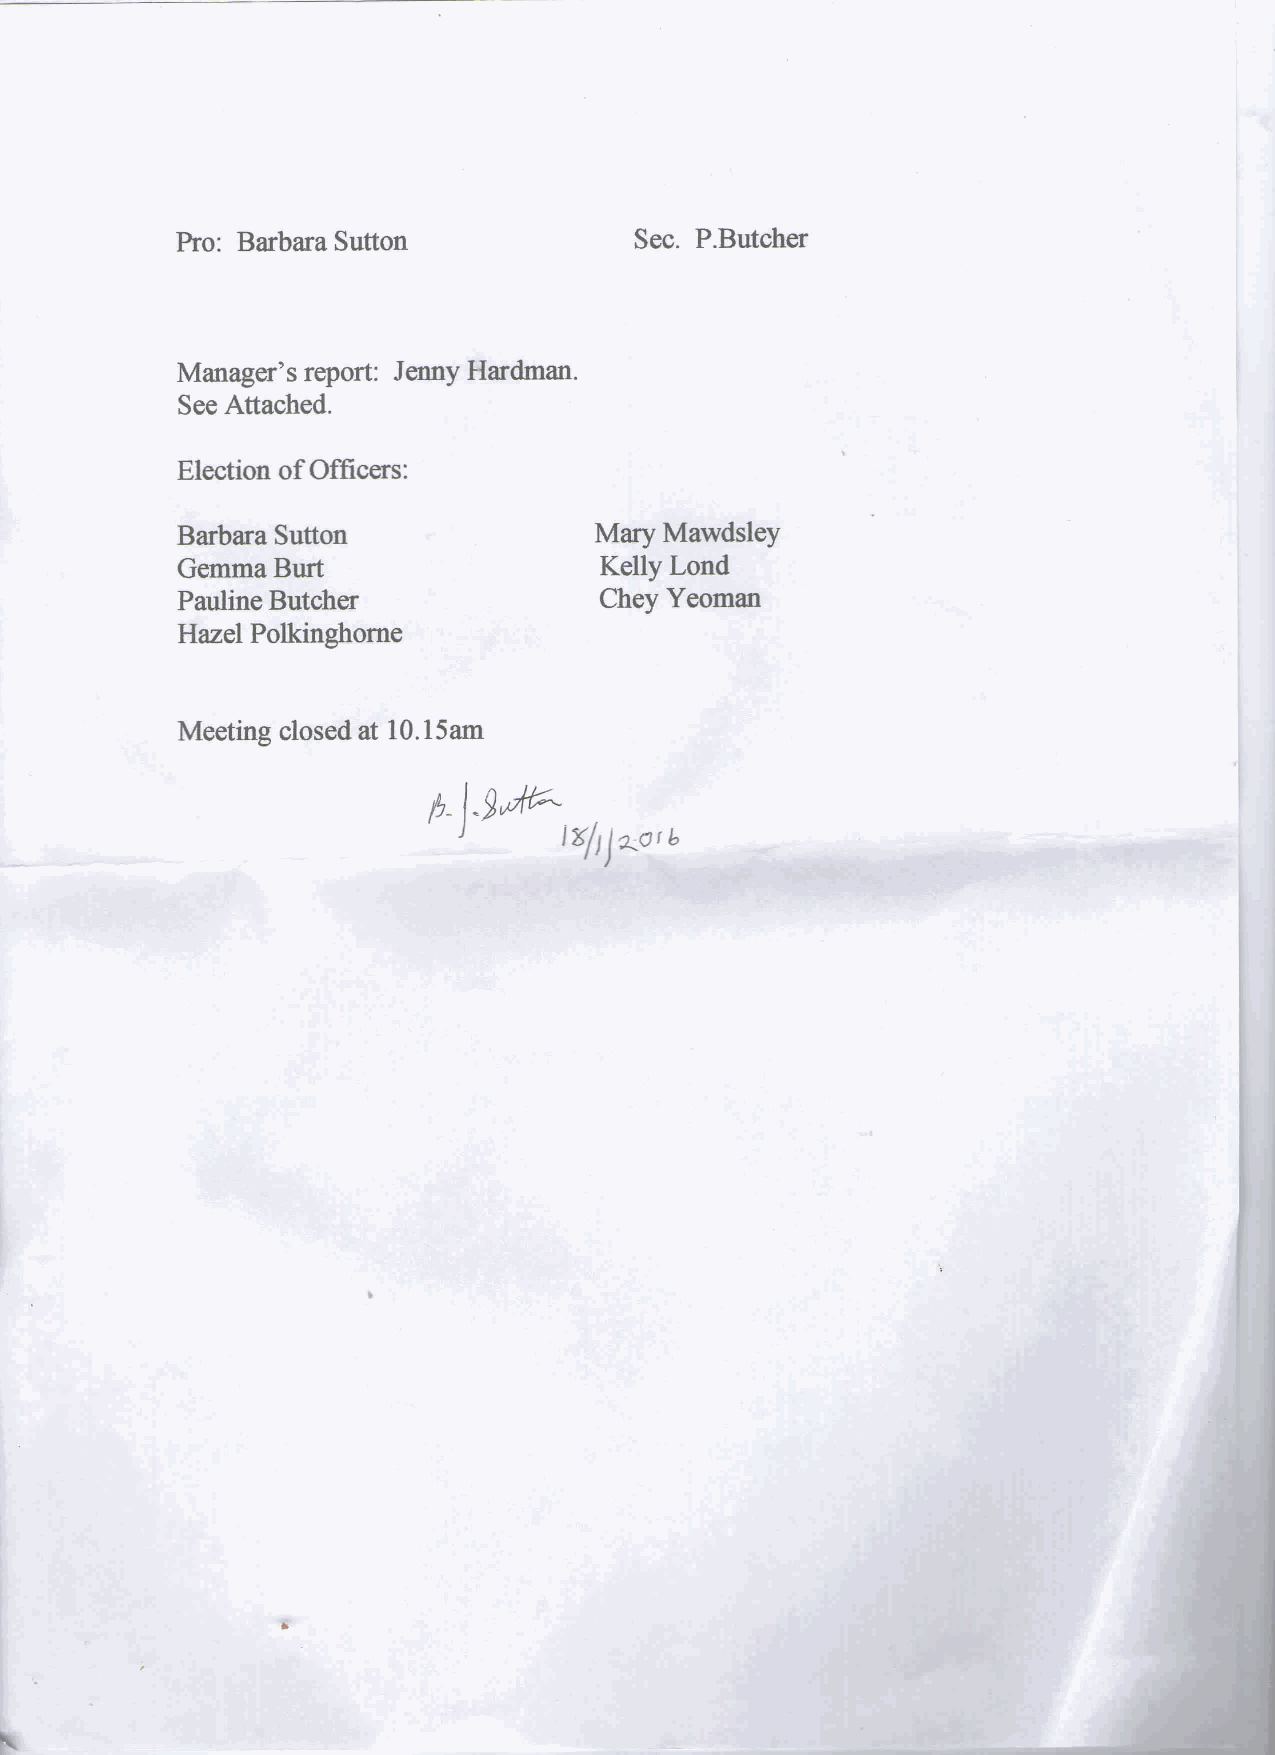
Pro: Barbara Sutton           Sec. P.Butcher
 Manager's report: Jenny Hardman.
 See Attached.
 Election of Officers:
 Barbara Sutton              Mary Mawdsley
 Gemma  Burt                 Kelly Lond
 Pauline Butcher             Chey Yeoman
 Hazel Polkinghorne
 Meeting closed at 10.15am
 ix/ij^oty
 1